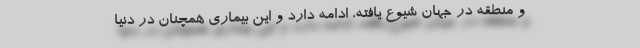
و منطقه در جهان شیوع یافته، ادامه دارد و این بیماری همچنان در دنیا